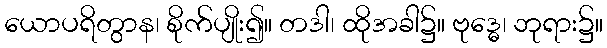
ယောပရိတွာန၊ စိုက်ပျိုး၍။ တဒါ၊ ထိုအခါ၌။ ဗုဒ္ဓေ၊ ဘုရား၌။